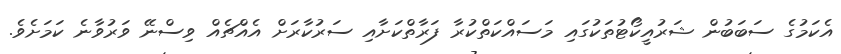
އެކަމުގެ ސަބަބުން ޝަރުއީކޯޓުތަކުގައި މަސައްކަތްކުރާ ފަރާތްކަށާއި ސަރުކާރަށް އެއްޗެއް ވިސްނޭ ވަރުވާނެ ކަމަށެވެ.